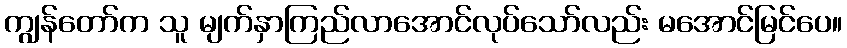
ကျွန်တော်က သူ မျက်နှာကြည်လာအောင်လုပ်သော်လည်း မအောင်မြင်ပေ။